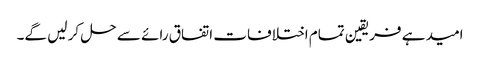
امید ہے فریقین تمام اختلافات اتفاق رائے سے حل کر لیں گے۔